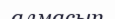
алмасып